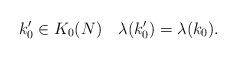
LaTeX: \begin{align*}k_0'\in K_0(N)\quad\lambda(k_0')=\lambda(k_0).\end{align*}